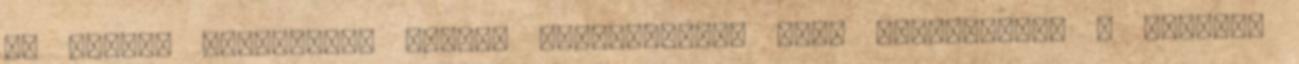
az emberi struktúrán belüli tudatallatti erők irányítják. A második